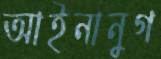
আইনানুগ